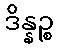
ဒိန္နဉ္စ